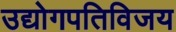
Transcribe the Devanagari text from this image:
उद्योगपतिविजय